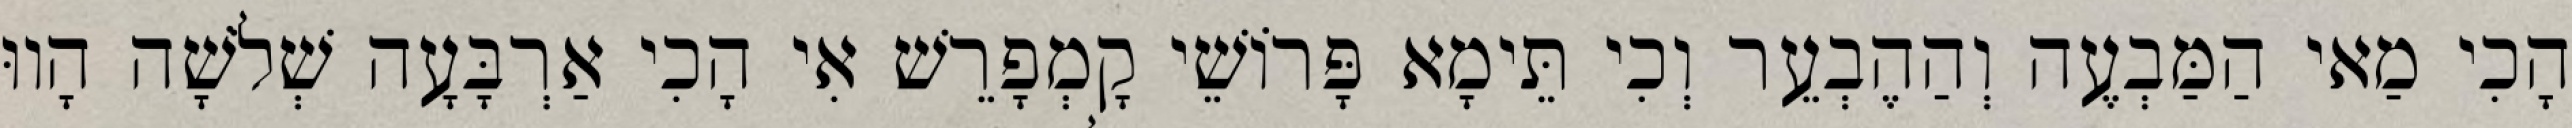
הָכִי מַאי הַמַּבְעֶה וְהַהֶבְעֵר וְכִי תֵּימָא פָּרוֹשֵׁי קָמְפָרֵשׁ אִי הָכִי אַרְבָּעָה שְׁלֹשָׁה הָווּ